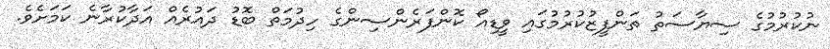
ނުކުރުމުގެ ސިޔާސަތު ތަންފީޒުކުރުމުގައި ވީޑިއޯ ކޮންފަރެންސިންގެ ހިދުމަތް ބޮޑު ދައުރެއް އަދާކުރާނެ ކަމަށެވެ.